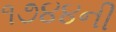
૧૭૪૪ની